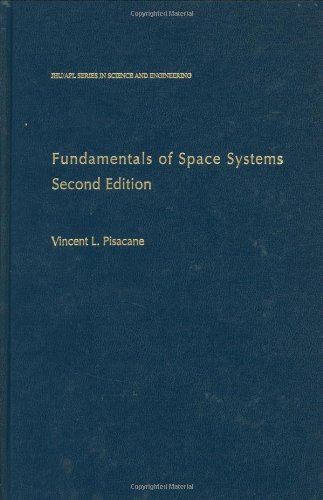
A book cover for Fundamentals of Space Systems (Johns Hopkins University Applied Physics Laboratories Series in Science and Engineering); Science & Math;